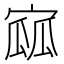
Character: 寙